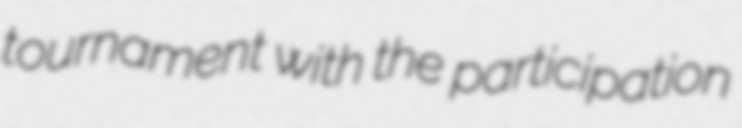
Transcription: tournament with the participation